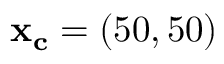
\mathbf { x _ { c } } = ( 5 0 , 5 0 )